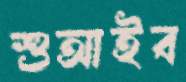
শুআইব